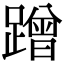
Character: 蹭